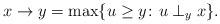
LaTeX: \begin{align*} x \to y = \max\{u \ge y\colon u \perp_y x\}.\end{align*}